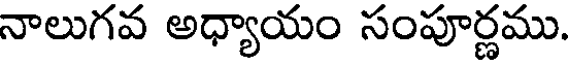
నాలుగవ అధ్యాయం సంపూర్ణము.